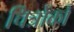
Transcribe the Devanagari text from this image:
चित्रोंको